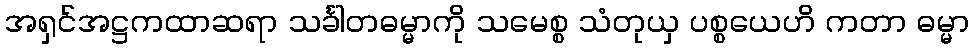
အရှင်အဋ္ဌကထာဆရာ သင်္ခါတဓမ္မာကို သမေစ္စ သံတုယှ ပစ္စယေဟိ ကတာ ဓမ္မာ